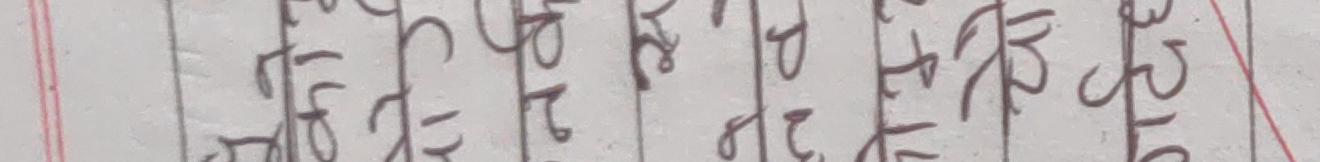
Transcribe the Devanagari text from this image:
१६०
२२५
४५२
२३०
७४८
१२५
८६२
५०३
७८०